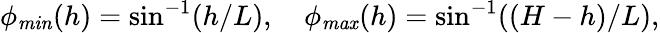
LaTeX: \phi_{\mathit{min}}(h)=\sin^{-1}(h/L),\ \ \ \ \phi_{\mathit{max}}(h)=\sin^{-1}((H-h)/L),